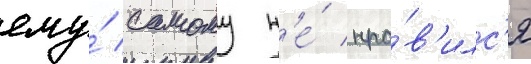
ему́ самому н'е́ нра́в'илс'я